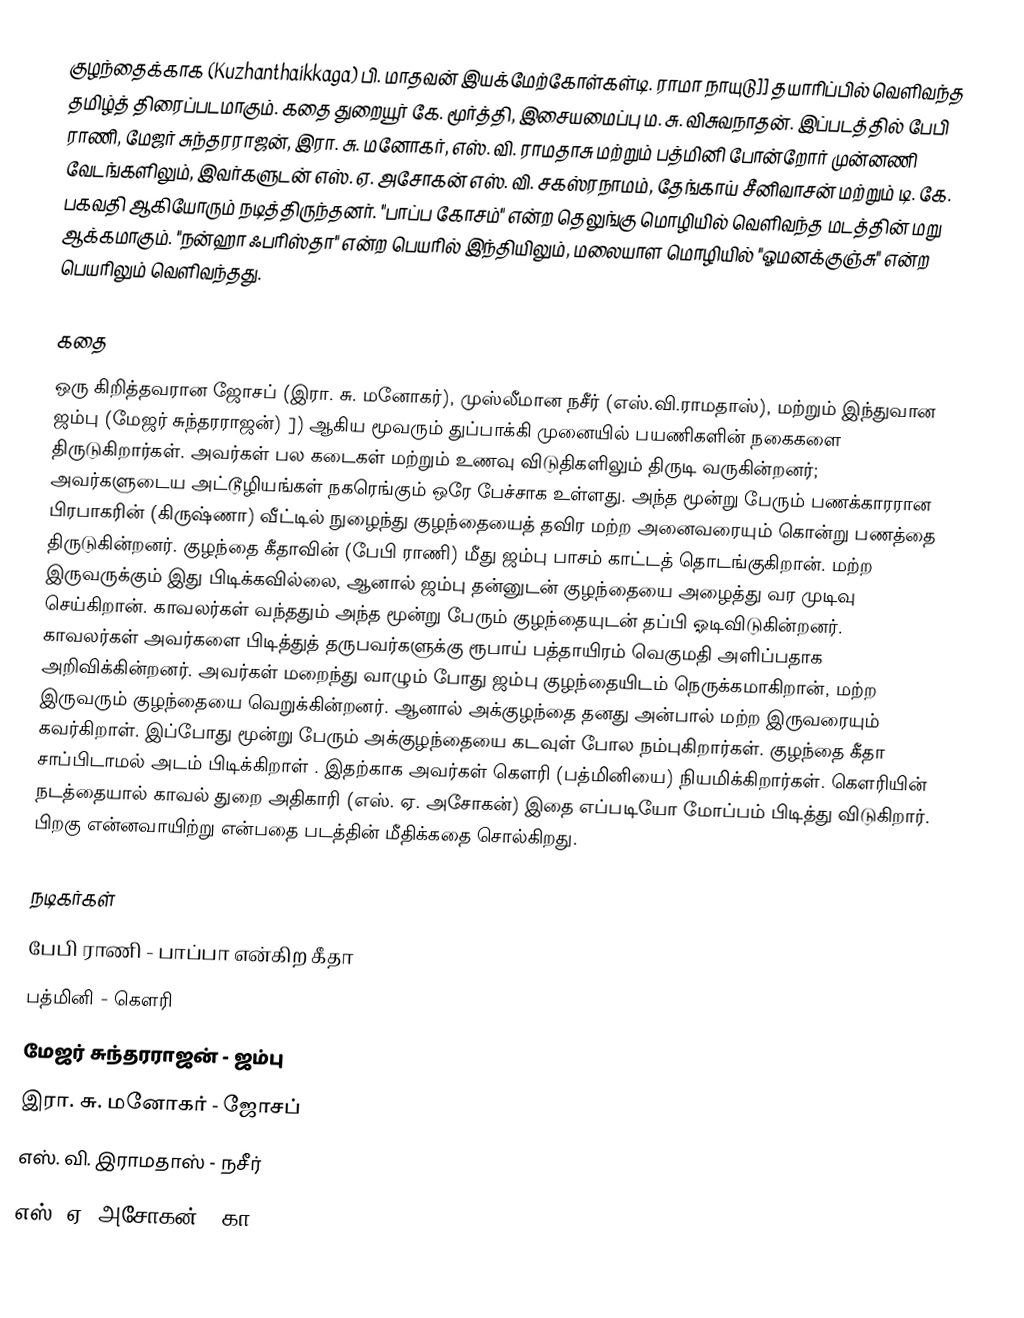
குழந்தைக்காக (Kuzhanthaikkaga) பி. மாதவன் இயக்மேற்கோள்கள்டி. ராமா நாயுடு]] தயாரிப்பில் வெளிவந்த தமிழ்த் திரைப்படமாகும். கதை துறையூர் கே. மூர்த்தி, இசையமைப்பு ம. சு. விசுவநாதன். இப்படத்தில் பேபி ராணி, மேஜர் சுந்தரராஜன், இரா. சு. மனோகர், எஸ். வி. ராமதாசு மற்றும் பத்மினி போன்றோர் முன்னணி வேடங்களிலும், இவர்களுடன் எஸ். ஏ. அசோகன் எஸ். வி. சகஸ்ரநாமம், தேங்காய் சீனிவாசன் மற்றும் டி. கே. பகவதி ஆகியோரும் நடித்திருந்தனர். "பாப்ப கோசம்" என்ற தெலுங்கு மொழியில் வெளிவந்த மடத்தின் மறு ஆக்கமாகும். "நன்ஹா ஃபரிஸ்தா" என்ற பெயரில் இந்தியிலும், மலையாள மொழியில் "ஓமனக்குஞ்சு" என்ற பெயரிலும் வெளிவந்தது.

கதை
ஒரு கிறித்தவரான ஜோசப் (இரா. சு. மனோகர்), முஸ்லீமான நசீர் (எஸ்.வி.ராமதாஸ்), மற்றும் இந்துவான ஜம்பு (மேஜர் சுந்தரராஜன்) ]) ஆகிய மூவரும் துப்பாக்கி முனையில் பயணிகளின் நகைகளை திருடுகிறார்கள். அவர்கள் பல கடைகள் மற்றும் உணவு விடுதிகளிலும் திருடி வருகின்றனர்; அவர்களுடைய அட்டூழியங்கள் நகரெங்கும் ஒரே பேச்சாக உள்ளது. அந்த மூன்று பேரும் பணக்காரரான பிரபாகரின் (கிருஷ்ணா) வீட்டில் நுழைந்து குழந்தையைத் தவிர மற்ற அனைவரையும் கொன்று பணத்தை திருடுகின்றனர். குழந்தை கீதாவின் (பேபி ராணி) மீது ஜம்பு பாசம் காட்டத் தொடங்குகிறான். மற்ற இருவருக்கும் இது பிடிக்கவில்லை, ஆனால் ஜம்பு தன்னுடன் குழந்தையை அழைத்து வர முடிவு செய்கிறான். காவலர்கள் வந்ததும் அந்த மூன்று பேரும் குழந்தையுடன் தப்பி ஓடிவிடுகின்றனர்.  காவலர்கள் அவர்களை பிடித்துத் தருபவர்களுக்கு ரூபாய் பத்தாயிரம் வெகுமதி அளிப்பதாக அறிவிக்கின்றனர். அவர்கள் மறைந்து வாழும் போது ஜம்பு குழந்தையிடம் நெருக்கமாகிறான், மற்ற இருவரும் குழந்தையை வெறுக்கின்றனர். ஆனால் அக்குழந்தை தனது அன்பால் மற்ற இருவரையும் கவர்கிறாள். இப்போது மூன்று பேரும் அக்குழந்தையை கடவுள் போல நம்புகிறார்கள். குழந்தை கீதா சாப்பிடாமல் அடம் பிடிக்கிறாள் . இதற்காக அவர்கள் கௌரி (பத்மினியை) நியமிக்கிறார்கள். கௌரியின் நடத்தையால் காவல் துறை அதிகாரி (எஸ். ஏ. அசோகன்) இதை எப்படியோ மோப்பம் பிடித்து விடுகிறார். பிறகு என்னவாயிற்று என்பதை படத்தின் மீதிக்கதை சொல்கிறது.

நடிகர்கள்
பேபி ராணி - பாப்பா என்கிற கீதா
பத்மினி - கௌரி
மேஜர் சுந்தரராஜன் - ஜம்பு
இரா. சு. மனோகர் - ஜோசப்
எஸ். வி. இராமதாஸ் - நசீர்
எஸ். ஏ. அசோகன் - கா